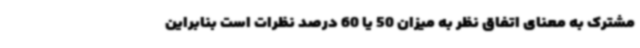
مشترک به معنای اتفاق نظر به میزان 50 یا 60 درصد نظرات است بنابراین